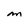
Character: M